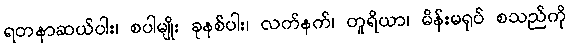
ရတနာဆယ်ပါး၊ စပါမျိုး ခုနစ်ပါး၊ လက်နက်၊ တူရိယာ၊ မိန်းမရုပ် စသည်ကို